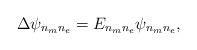
LaTeX: \begin{align*}\Delta\psi_{n_m n_e}=E_{n_m n_e}\psi_{n_m n_e},\end{align*}